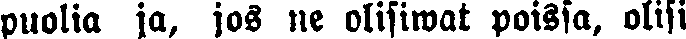
puolia jo, jos ne olisiwat poissa, olisi